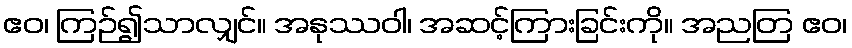
ဧဝ၊ ကြဉ်၍သာလျှင်။ အနုဿဝါ၊ အဆင့်ကြားခြင်းကို။ အညတြ ဧဝ၊